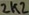
Text: 2k2